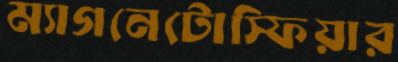
ম্যাগনেটোস্ফিয়ার